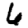
Digit: 6